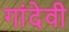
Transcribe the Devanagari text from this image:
गांदेवी